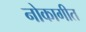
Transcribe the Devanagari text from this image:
नोकागीत